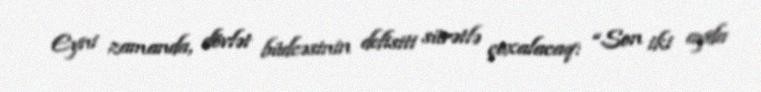
Eyni zamanda, dövlət büdcəsinin defisiti sürətlə çoxalacaq: “Son iki ayda